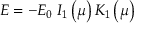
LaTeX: E = - E _ { 0 } \; I _ { 1 } \left( \mu \right) K _ { 1 } \left( \mu \right)